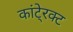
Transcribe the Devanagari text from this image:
कांटे्रक्ट